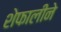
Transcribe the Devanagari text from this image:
शेफालीने